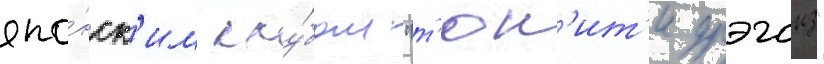
япо́нск'им клу́бом "т'юн'ит'и дрэгонз"